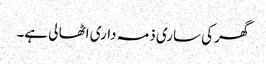
گھر کی ساری ذمہ داری اٹھا لی ہے۔